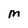
Character: m